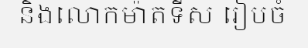
និងលោកម៉ាតទីស រៀបចំ